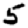
Digit: 5